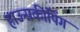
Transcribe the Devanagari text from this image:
हाऊसकीपिंग